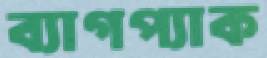
ব্যাগপ্যাক